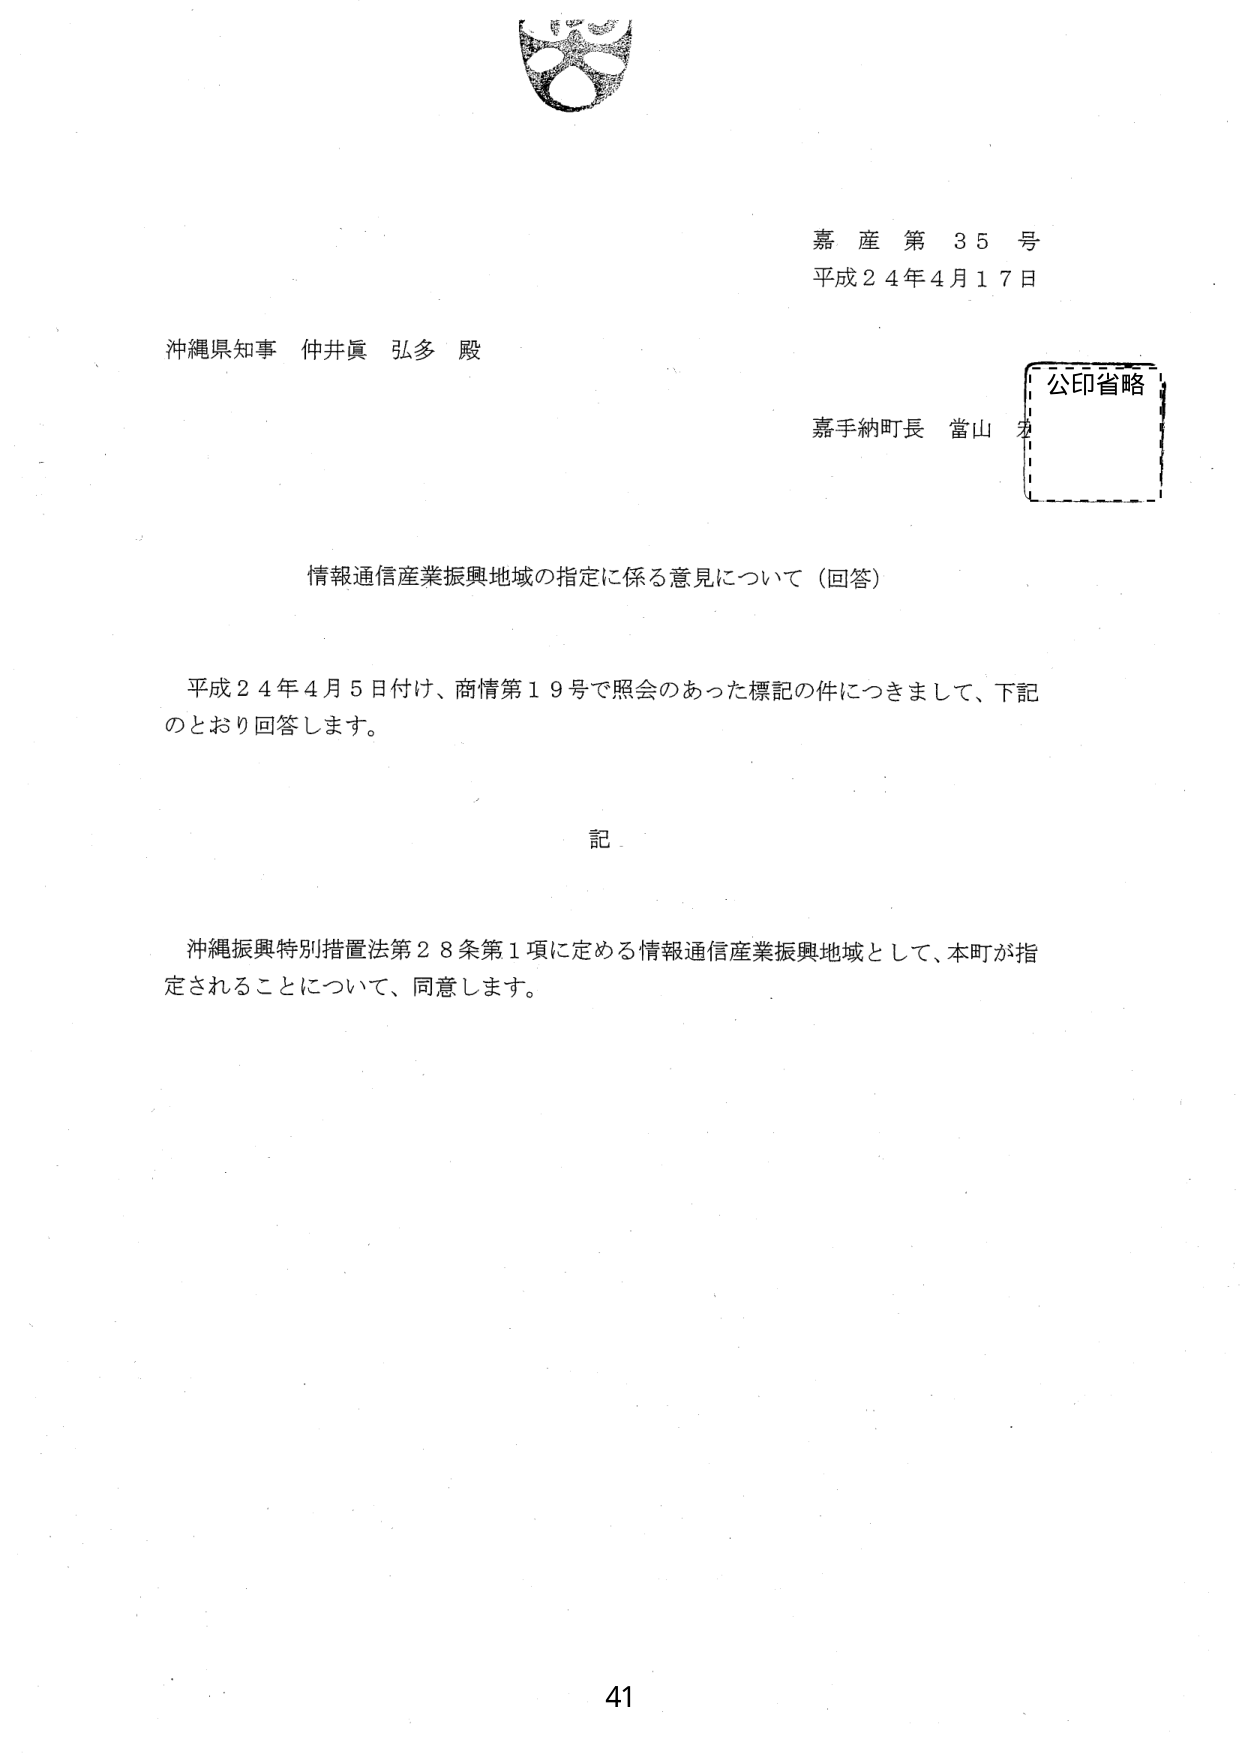
嘉産第35号
平成24年4月17日

沖縄県知事 仲井眞 弘多 殿

嘉手納町長 當山 宏

公印省略

情報通信産業振興地域の指定に係る意見について（回答）

平成24年4月5日付け、商情第19号で照会のあった標記の件につきまして、下記のとおり回答します。

記

沖縄振興特別措置法第28条第1項に定める情報通信産業振興地域として、本町が指定されることについて、同意します。

41